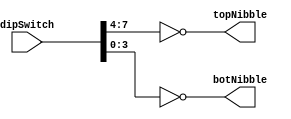
`timescale 1ns / 1ps
////////////////////////////////////////////////////////////////////////////////
// Module Name: Eight Bit Split Inverter
//
// Description: Splits the input DIP switches into low and high nibbles for
//              later hex conversion, and flips inputs from active-LOW DIP out.
////////////////////////////////////////////////////////////////////////////////

module EightBitSplitInverter (
    // Inputs
    input [7:0] dipSwitch,
    // Outputs
    output reg [3:0] topNibble,
    output reg [3:0] botNibble
    );

    always @(*) begin
        topNibble = ~dipSwitch[7:4];
        botNibble = ~dipSwitch[3:0];
    end
endmodule